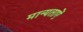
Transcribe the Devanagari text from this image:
मान्यताऐं